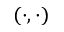
( \cdot , \cdot )